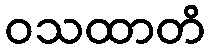
ဝသထာတိ